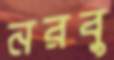
নরবু